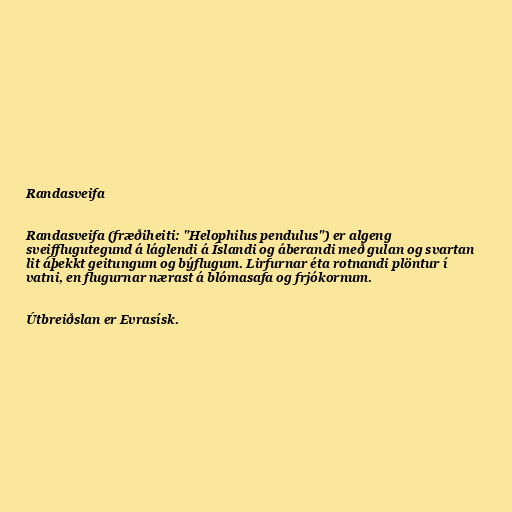
Randasveifa

Randasveifa (fræðiheiti: "Helophilus pendulus") er algeng
sveifflugutegund á láglendi á Íslandi og áberandi með gulan og svartan
lit áþekkt geitungum og býflugum. Lirfurnar éta rotnandi plöntur í
vatni, en flugurnar nærast á blómasafa og frjókornum.

Útbreiðslan er Evrasísk.